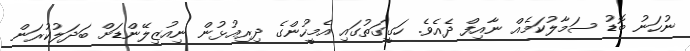
ނުހަނު ބޮޑު ސަމާލުކަމެއް ނާއިފް ދެއެވެ. ހަގީގަތުގައި އެމީހުންގެ ދިރިއުޅުން ނިއުޒިލޭންޑަށް ބަދަލުކުރަން